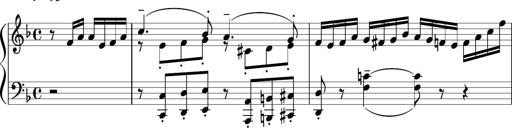
Title: Sonatina 1
Composer: Claudio Macchi
Key: F major